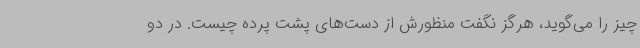
چیز را می‌گوید، هرگز نگفت منظورش از دست‌های پشت پرده چیست. در دو